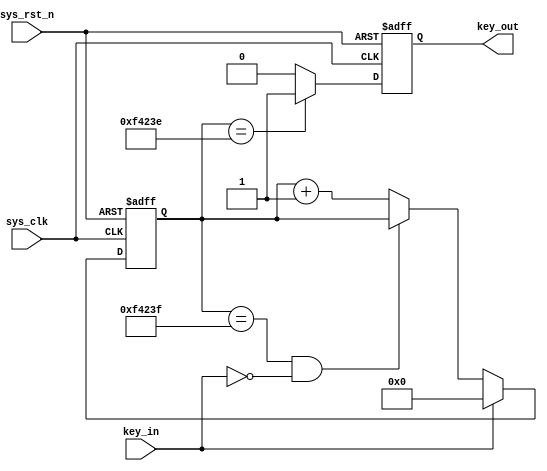
//
module  key_filter
#(
    parameter CNT_MAX = 20'd999_999 //
)(
    input   wire    sys_clk     ,   //50Mhz
    input   wire    sys_rst_n   ,   //
    input   wire    key_in      ,   //

    output  reg     key_out        //key_out1
                                    //key_out0
);

reg     [19:0]  cnt_20ms    ;   //

//cnt_20ms:
always@(posedge sys_clk or negedge sys_rst_n)
    if(sys_rst_n == 1'b0)
        cnt_20ms <= 20'b0;
    else    if(key_in == 1'b1)
        cnt_20ms <= 20'b0;
    else    if(cnt_20ms == CNT_MAX && key_in == 1'b0)
        cnt_20ms <= cnt_20ms;
    else
        cnt_20ms <= cnt_20ms + 1'b1;

//key_out:20ms
//key_out999_999,
always@(posedge sys_clk or negedge sys_rst_n)begin
    if(sys_rst_n == 1'b0)
        key_out <= 1'b0;
    else if(cnt_20ms == CNT_MAX - 1'b1)
        key_out <= 1'b1;
    else
        key_out <= 1'b0;        
end

endmodule